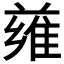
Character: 𨿄